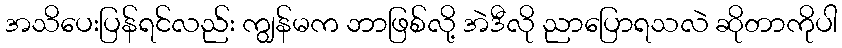
အသိပေးပြန်ရင်လည်း ကျွန်မက ဘာဖြစ်လို့ အဲဒီလို ညာပြောရသလဲ ဆိုတာကိုပါ